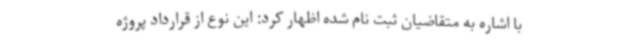
با اشاره به متقاضیان ثبت نام شده اظهار کرد: این نوع از قرارداد پروژه